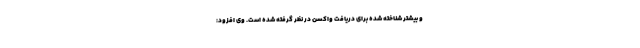
و بیشتر شناخته شده برای دریافت واکسن در نظر گرفته شده است. وی افزود: